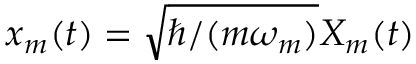
x _ { m } ( t ) = \sqrt { \hbar / ( m \omega _ { m } ) } X _ { m } ( t )